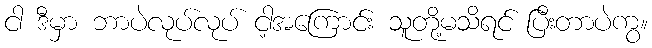
ငါ ဒီမှာ ဘာပဲလုပ်လုပ် ငါ့အကြောင်း သူတို့မသိရင် ပြီးတာပဲကွ။